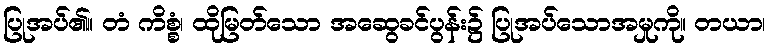
ပြုအပ်၏။ တံ ကိစ္စံ၊ ထိုမြတ်သော အဆွေခင်ပွန်း၌ ပြုအပ်သောအမှုကို။ တယာ၊